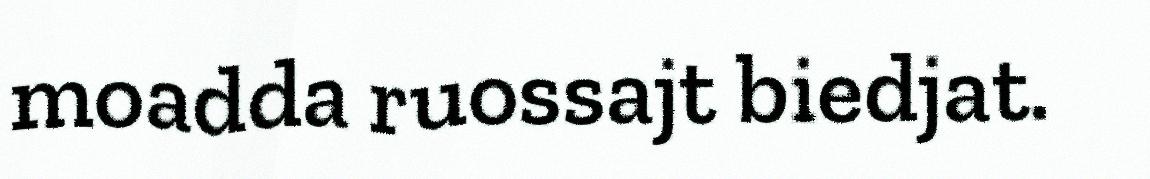
moadda ruossajt biedjat.